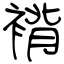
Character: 褙